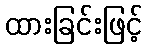
ထားခြင်းဖြင့်